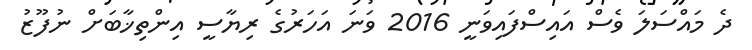
ދެ މައްސަލަ ވެސް އައިސްފައިވަނީ 2016 ވަނަ އަހަރުގެ ރިޔާސީ އިންތިޚާބަށް ނުފޫޒު